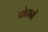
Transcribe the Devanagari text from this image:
पोटानों